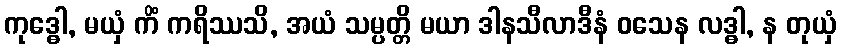
ကုဒ္ဓေါ, မယှံ ကိံ ကရိဿသိ, အယံ သမ္ပတ္တိ မယာ ဒါနသီလာဒီနံ ဝသေန လဒ္ဓါ, န တုယှံ